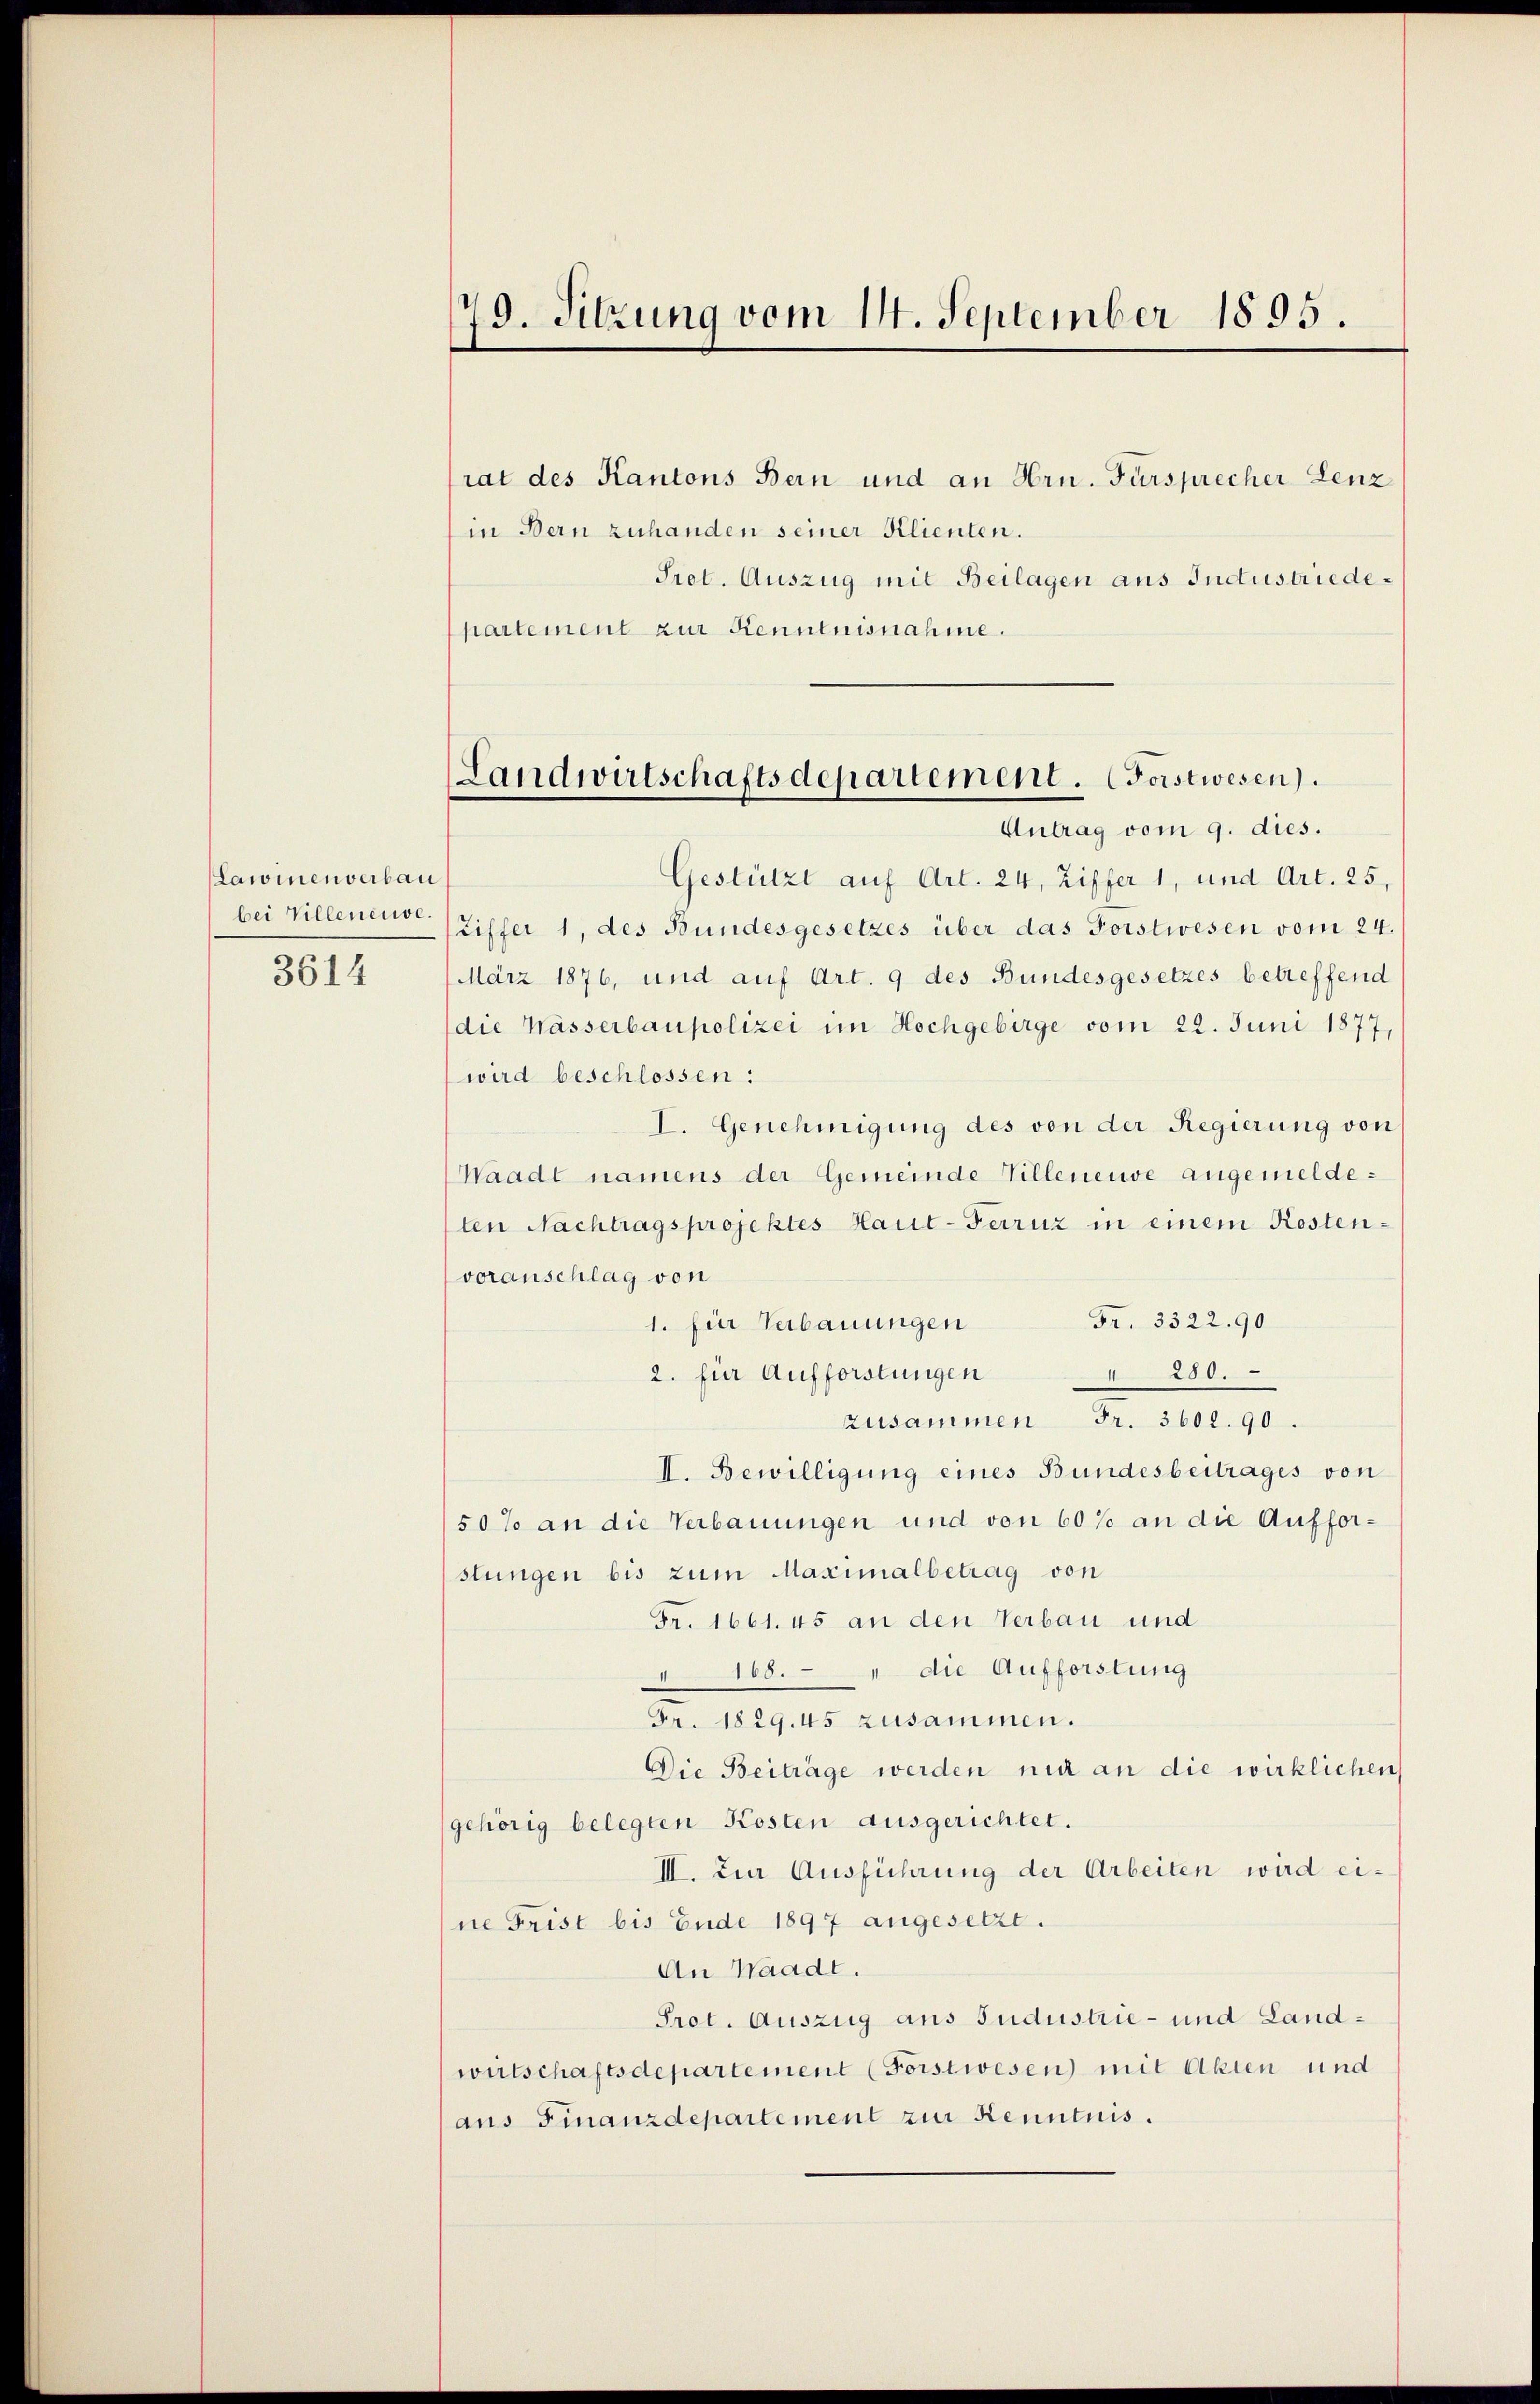
Lawinenverbau
bei Villeneuve
3614

79. Sitzung vom 14. September 1895.

rat des Kantons Bern und an Hrn. Fürsprecher Lenz
in Bern zuhanden seiner Klienten.
Prot. Auszug mit Beilagen aus Industriedepartement zur Kenntnisnahme.

Landwirtschaftsdepartement. Forstwesen.
Antrag vom 9. dies.

Gestützt auf Art. 24, Ziffer 1, und Art. 25,
Eiffer 1, des Bundesgesetzes über das Forstwesen vom 24.
März 1876, und auf Art. 9 des Bundesgesetzes betreffend
die Wässerbaupolizei im Hochgebirge vom 22. Juni 1877,
wird beschlossen:
I. Genehmigung des von der Regierung von
Waadt namens der Gemeinde Villeneuve angemeldeten Nachtragsprojektes Haut-Ferruz in einem Kostenvoranschlag von
Fr. 3322. 90
1. für Verbauungen
2. für Aufforstungen
" 280.
zusammen Fr. 3602. 90.
I. Bewilligung eines Bundesbeitrages von
50% an die Verbauungen und von 60% an die Aufforstungen bis zum Maximalbetrag von
Fr. 1661. 45 an den Verbau und
160. die Aufforstung
Fr. 1891 zusammen.
Die Beiträge werden nur an die wirklichen
gehörig belegten Kosten ausgerichtet.
II. Zur Ausführung der Arbeiten wird eine Frist bis Ende 1897 angesetzt.
An Waadt.
Prot. Auszug aus Sudustrie- und Landwirtschaftsdepartement (Forstwesen) mit Akten und
aus Finanzdepartement zur Kenntnis.